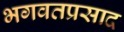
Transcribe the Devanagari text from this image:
भगवतप्रसाद